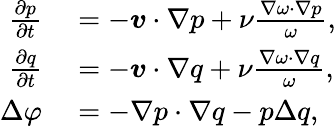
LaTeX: \begin{array}{rl}{\frac{\partial p}{\partial t}}&{{}=-\boldsymbol{v}\cdot\nabla p+\nu\frac{\nabla\omega\cdot\nabla p}{\omega},}\\ {\frac{\partial q}{\partial t}}&{{}=-\boldsymbol{v}\cdot\nabla q+\nu\frac{\nabla\omega\cdot\nabla q}{\omega},}\\ {\Delta\varphi}&{{}=-\nabla p\cdot\nabla q-p\Delta q,}\end{array}